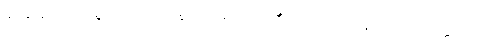
ခိပ္ပမေဝ၊ လျင်စွာသာလျှင်။ နိဗောဓတိ၊ သိ၏။ သော၊ ထိုသူသည်။ သတ္တုကာ၊